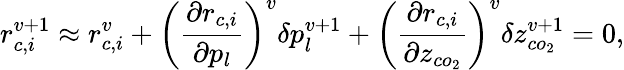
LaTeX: r_{c,i}^{v+1}\approx r_{c,i}^{v}+\left(\frac{\partial r_{c,i}}{\partial p_{l}}\right)^{v}\delta p_{l}^{v+1}+\left(\frac{\partial r_{c,i}}{\partial z_{co_{2}}}\right)^{v}\delta z_{co_{2}}^{v+1}=0,